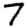
Digit: 7